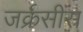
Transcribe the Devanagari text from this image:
जर्क्रसीस